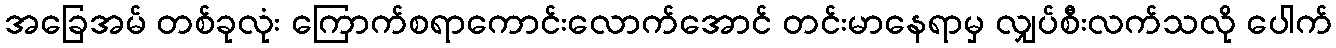
အခြေအမ် တစ်ခုလုံး ကြောက်စရာကောင်းလောက်အောင် တင်းမာနေရာမှ လျှပ်စီးလက်သလို ပေါက်